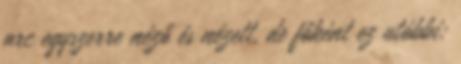
arc egyszerre néző és nézett, de főként ez utóbbi: